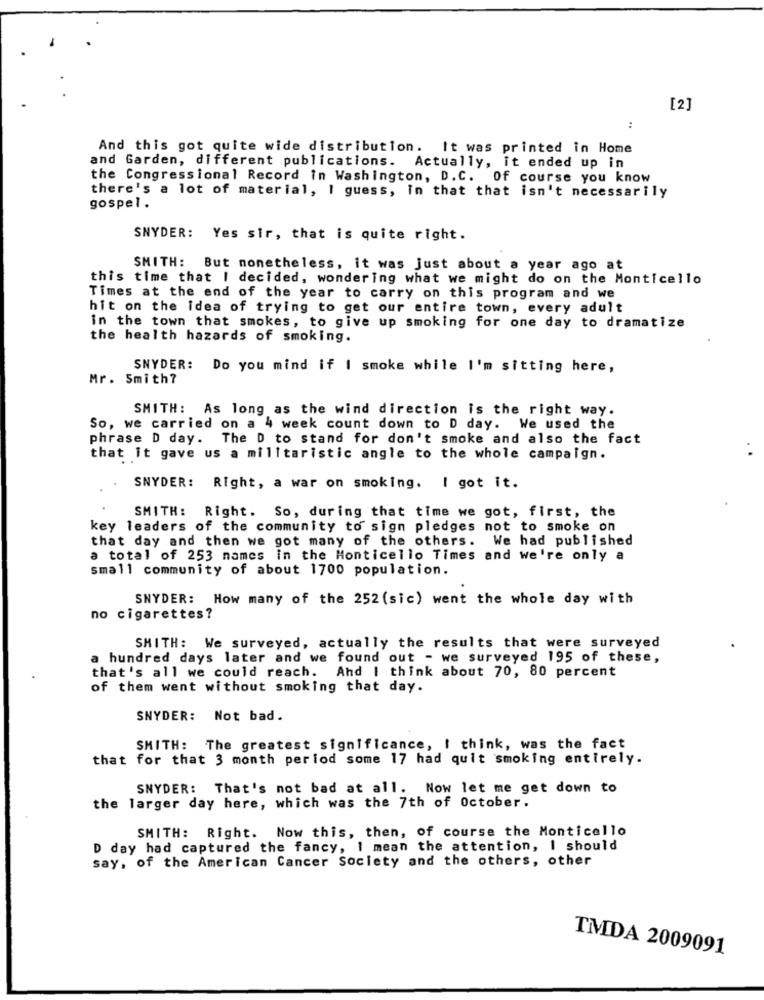
[2]
:
And this got quite wide distribution. It was printed in Home
and Garden, different publications. Actually, it ended up in
the Congressional Record in Washington, D.C. Of course you know
there's a lot of material, I guess, In that that isn't necessarily
gospel.
SNYDER: Yes sir, that is quite right.
SMITH: But nonetheless, it was just about a year ago at
this time that I decided, wondering what we might do on the Monticello
Times at the end of the year to carry on this program and we
hit on the idea of trying to get our entire town, every adult
in the town that smokes, to give up smoking for one day to dramatize
the health hazards of smoking.
SNYDER: Do you mind if I smoke while I'm sitting here,
Mr. Smith?
SMITH: As long as the wind direction is the right way.
So, we carried on a 4 week count down to D day. We used the
phrase D day. The D to stand for don't smoke and also the fact
that it gave us a militaristic angle to the whole campaign.
SNYDER: Right, a war on smoking. I got it.
SMITH: Right. So, during that time we got, first, the
key leaders of the community to sign pledges not to smoke on
that day and then we got many of the others. We had published
a total of 253 names in the Monticello Times and we're only a
small community of about 1700 population.
SNYDER: How many of the 252 (sic) went the whole day with
no cigarettes?
SMITH: We surveyed, actually the results that were surveyed
a hundred days later and we found out - we surveyed 195 of these,
that's all we could reach. And I think about 70, 80 percent
of them went without smoking that day.
SNYDER: Not bad.
SMITH: The greatest significance, I think, was the fact
that for that 3 month period some 17 had quit smoking entirely.
SNYDER: That's not bad at all. Now let me get down to
the larger day here, which was the 7th of October.
SMITH: Right. Now this, then, of course the Monticello
D day had captured the fancy, I mean the attention, I should
say, of the American Cancer Society and the others, other
TMDA 2009091